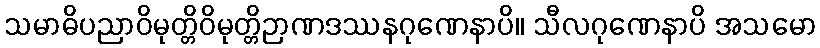
သမာဓိပညာဝိမုတ္တိဝိမုတ္တိဉာဏဒဿနဂုဏေနာပိ။ သီလဂုဏေနာပိ အသမော